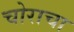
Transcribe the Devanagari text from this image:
चोराचा